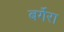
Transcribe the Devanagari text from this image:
बर्गेरा